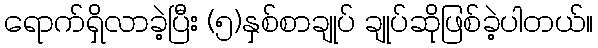
ရောက်ရှိလာခဲ့ပြီး (၅)နှစ်စာချုပ် ချုပ်ဆိုဖြစ်ခဲ့ပါတယ်။